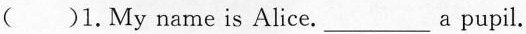
( )1.My name is Alice.___a pupil.